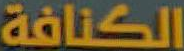
الكنافة